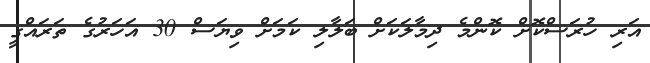
އަރި ހުރަސްކޮށް ކޮންމެ ދިމާލަކަށް ބަލާލި ކަމަށް ވިޔަސް 30 އަހަރުގެ ތަރައްގީ